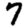
Digit: 7